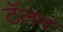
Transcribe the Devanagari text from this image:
टॅलन